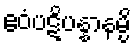
ဧဝံပဋိပန္နာနမ္ပိ